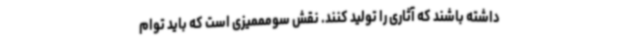
داشته باشند که آثاری را تولید کنند. نقش سومممیزی است که باید توام